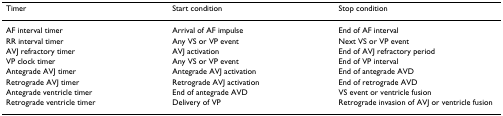
| Timer | Start condition | Stop condition |
 | --- | --- | --- |
 | AF interval timer | Arrival of AF impulse | End of AF interval |
 | RR interval timer | Any VS or VP event | Next VS or VP event |
 | AVJ refractory timer | AVJ activation | End of AVJ refractory period |
 | VP clock timer | Any VS or VP event | End of VP interval |
 | Antegrade AVJ timer | Antegrade AVJ activation | End of antegrade AVD |
 | Retrograde AVJ timer | Retrograde AVJ activation | End of retrograde AVD |
 | Antegrade ventricle timer | End of antegrade AVD | VS event or ventricle fusion |
 | Retrograde ventricle timer | Delivery of VP | Retrograde invasion of AVJ or ventricle fusion |